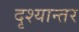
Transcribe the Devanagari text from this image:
दृश्यान्तर